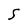
Character: S